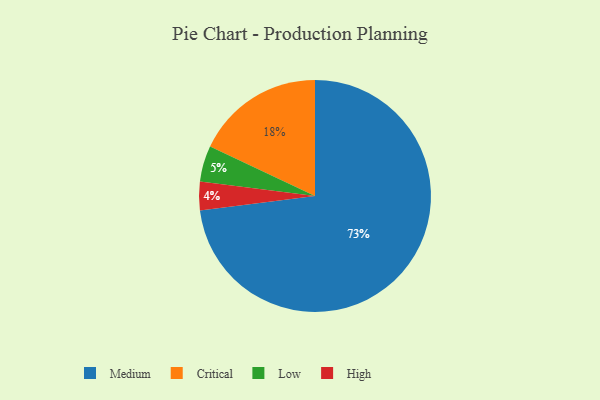
{"axis": {"x": "Category", "y": "Percentage"}, "legend": ["Critical", "High", "Low", "Medium"], "data": [{"x": "Low", "y": 5, "type": "Low"}, {"x": "High", "y": 4, "type": "High"}, {"x": "Medium", "y": 73, "type": "Medium"}, {"x": "Critical", "y": 18, "type": "Critical"}]}